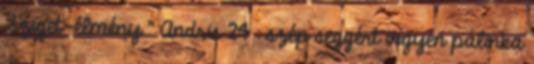
Sziget-élmény ” Andris 24 : szép seggért ingyen pálinka